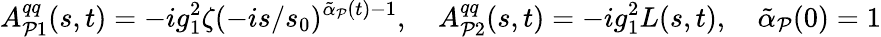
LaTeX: A_{{\cal P}1}^{qq}(s,t)=-ig_{1}^{2}\zeta(-is/s_{0})^{\tilde{\alpha}_{\cal P}(t)-1},\quad A_{{\cal P}2}^{qq}(s,t)=-ig_{1}^{2}L(s,t),\quad\tilde{\alpha}_{\cal P}(0)=1